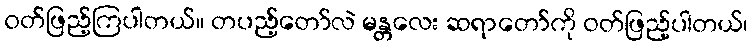
ဝတ်ဖြည့်ကြပါတယ်။ တပည့်တော်လဲ မန္တလေး ဆရာတော်ကို ဝတ်ဖြည့်ပါတယ်၊